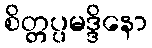
စိတ္တပ္ပမဒ္ဒိနော